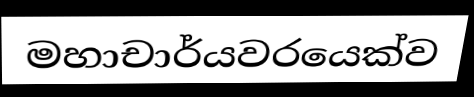
මහාචාර්යවරයෙක්ව